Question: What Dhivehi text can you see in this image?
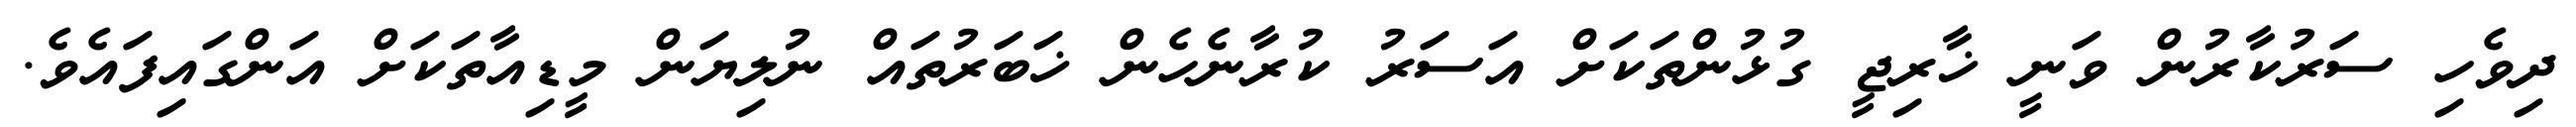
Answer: ދިވެހި ސަރުކާރުން ވަނީ ޚާރިޖީ ގުޅުންތަކަށް އަސަރު ކުރާނެހެން ޚަބަރުތައް ނުލިޔަން މީޑިއާތަކަށް އަންގައިފައެވެ.